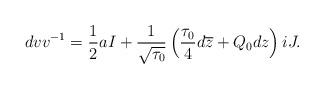
LaTeX: \begin{align*}dvv^{-1}=\frac{1}{2}aI+\frac{1}{\sqrt{\tau_0}}\left(\frac{\tau_0}{4}d\overline{z}+Q_0dz\right)iJ.\end{align*}